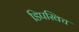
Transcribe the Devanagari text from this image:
डिपस्विच